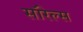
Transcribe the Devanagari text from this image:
सॉरेल्स